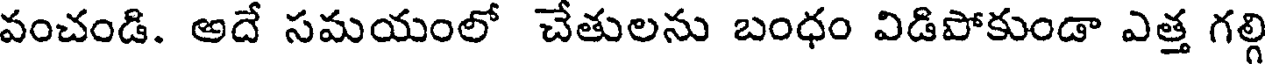
వంచండి. అదే సమయంలో చేతులను బంధం విడిపోకుండా ఎత్త గల్గ